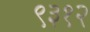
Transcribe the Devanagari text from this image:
९३१२